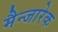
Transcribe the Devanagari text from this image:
मैन्जारेक